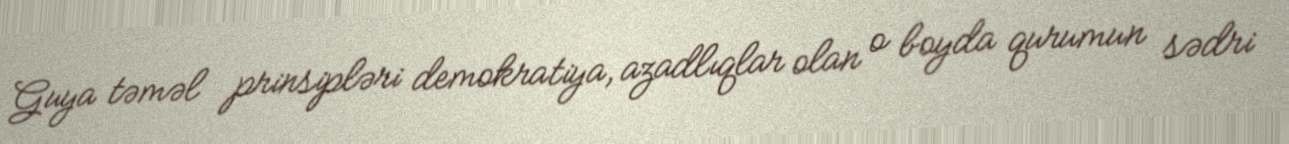
Guya təməl prinsipləri demokratiya, azadlıqlar olan o boyda qurumun sədri